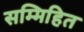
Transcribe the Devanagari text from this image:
सम्मिहित